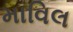
માવિલ